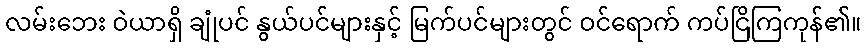
လမ်းဘေး ဝဲယာရှိ ချုံပင် နွယ်ပင်များနှင့် မြက်ပင်များတွင် ဝင်ရောက် ကပ်ငြိကြကုန်၏။